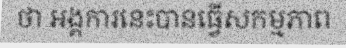
ថា អង្គការនេះបានធ្វើសកម្មភាព